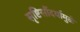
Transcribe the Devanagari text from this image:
सृष्टिसौंदर्यामुळे